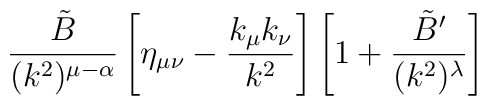
\frac{\tilde{B}}{(k^2)^{\mu-\alpha}} \left[ \eta_{\mu\nu} - \frac{k_\mu k_\nu}{k^2} \right] \left[ 1 + \frac{\tilde{B}^\prime}{(k^2)^\lambda} \right]